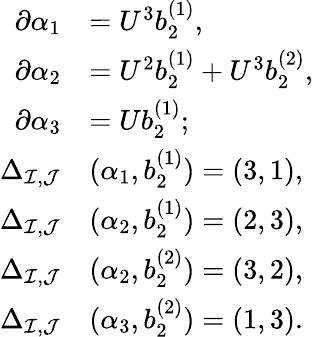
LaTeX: \begin{array}{rl}{\partial\alpha_{1}}&{=U^{3}b_{2}^{(1)},}\\ {\partial\alpha_{2}}&{=U^{2}b_{2}^{(1)}+U^{3}b_{2}^{(2)},}\\ {\partial\alpha_{3}}&{=Ub_{2}^{(1)};}\\ {\Delta_{\mathcal{I},\mathcal{J}}}&{(\alpha_{1},b_{2}^{(1)})=(3,1),}\\ {\Delta_{\mathcal{I},\mathcal{J}}}&{(\alpha_{2},b_{2}^{(1)})=(2,3),}\\ {\Delta_{\mathcal{I},\mathcal{J}}}&{(\alpha_{2},b_{2}^{(2)})=(3,2),}\\ {\Delta_{\mathcal{I},\mathcal{J}}}&{(\alpha_{3},b_{2}^{(2)})=(1,3).}\end{array}